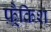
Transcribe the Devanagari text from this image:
फ़्रैकिश